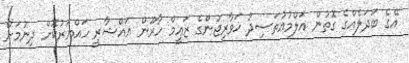
އޭގެ ބަދަލެއްގެ ގޮތުން އަލްމުޢުތަޟިދު ޚަވާރިޖުންގެ ޒަޢީމް ހާރޫން އައްޝާރީ ހައްޔަރުކޮށް ދިނުމަށް